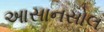
આસાનસોલ